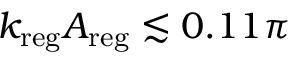
k _ { \mathrm { r e g } } A _ { \mathrm { r e g } } \lesssim 0 . 1 1 \pi